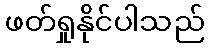
ဖတ်ရှုနိုင်ပါသည်